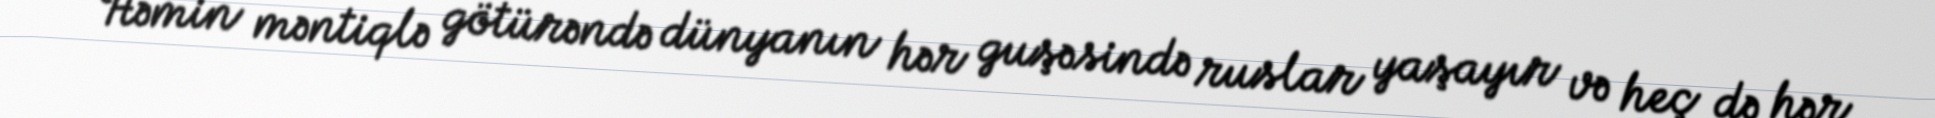
Həmin məntiqlə götürəndə dünyanın hər guşəsində ruslar yaşayır və heç də hər